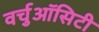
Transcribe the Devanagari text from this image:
वर्चुऑसिटी